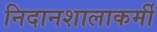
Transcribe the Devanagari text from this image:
निदानशालाकर्मी